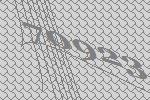
70923